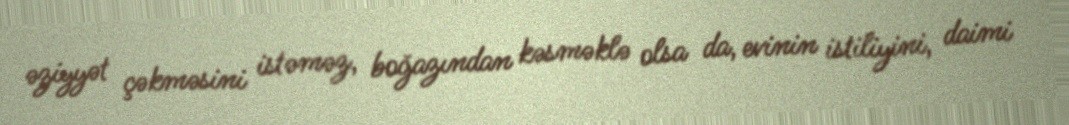
əziyyət çəkməsini istəməz, boğazından kəsməklə olsa da, evinin istiliyini, daimi